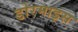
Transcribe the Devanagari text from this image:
डोरमाइस